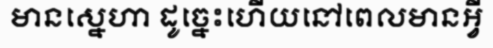
មានស្នេហា ដូច្នេះហើយនៅពេលមានអ្វី